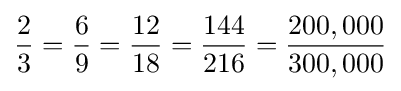
{\frac {2}{3}}={\frac {6}{9}}={\frac {12}{18}}={\frac {144}{216}}={\frac {200,000}{300,000}}